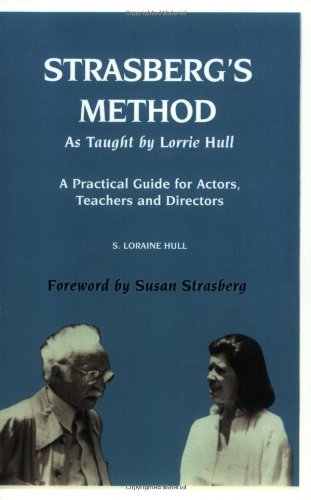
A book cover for Strasberg's Method As Taught by Lorrie  Hull: A Practical Guide for Actors, Teachers, Directors; S. Loraine Hull; Humor & Entertainment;